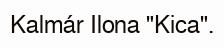
Kalmár Ilona "Kica".